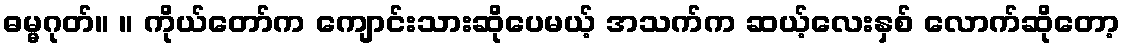
ဓမ္မဂုတ်။ ။ ကိုယ်တော်က ကျောင်းသားဆိုပေမယ့် အသက်က ဆယ့်လေးနှစ် လောက်ဆိုတော့